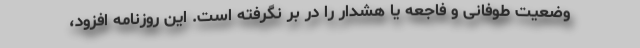
وضعیت طوفانی و فاجعه یا هشدار را در بر نگرفته است. این روزنامه افزود،